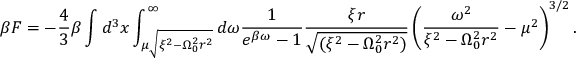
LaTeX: \beta F = - \frac { 4 } { 3 } \beta \int d ^ { 3 } x \int _ { \mu \sqrt { \xi ^ { 2 } - \Omega _ { 0 } ^ { 2 } r ^ { 2 } } } ^ { \infty } d \omega \frac { 1 } { e ^ { \beta \omega } - 1 } \frac { \xi r } { \sqrt { ( \xi ^ { 2 } - \Omega _ { 0 } ^ { 2 } r ^ { 2 } ) } } \left( \frac { \omega ^ { 2 } } { \xi ^ { 2 } - \Omega _ { 0 } ^ { 2 } r ^ { 2 } } - \mu ^ { 2 } \right) ^ { 3 / 2 } .